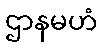
ဌာနမဟံ